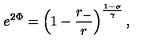
e ^ { 2 \Phi } = \left( 1 - \frac { r _ { - } } { r } \right) ^ { \frac { 1 - \sigma } { \gamma } } ,